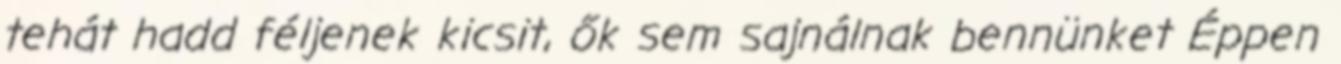
tehát hadd féljenek kicsit, ők sem sajnálnak bennünket Éppen